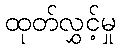
ထုတ်လွှင့်မှု